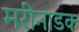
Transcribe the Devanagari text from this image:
मरीनाडक